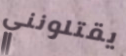
يقتلونني